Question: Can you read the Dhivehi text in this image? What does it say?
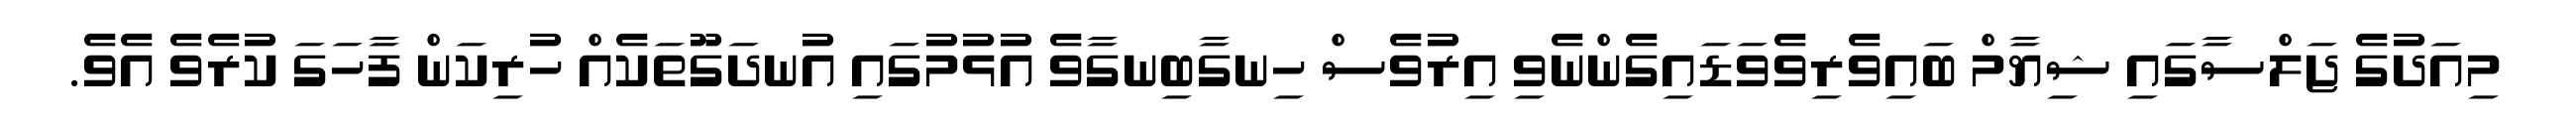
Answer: މިއަދުގެ ޖަލްސާގައި ޝިޔާމް ބައިވެރިވެވަޑައިގެންނެވި އިރުވެސް ހިނގާބިނގާވެ އުޅުމުގައި އުނދަގޫތަކެއް ހުރިކަން ފާހަގަ ކުރެވެ އެވެ.